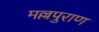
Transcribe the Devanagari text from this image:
मल्लपुराण